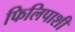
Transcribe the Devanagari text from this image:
फिलिपाशी